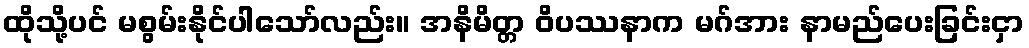
ထိုသို့ပင် မစွမ်းနိုင်ပါသော်လည်း။ အနိမိတ္တ ဝိပဿနာက မဂ်အား နာမည်ပေးခြင်းငှာ